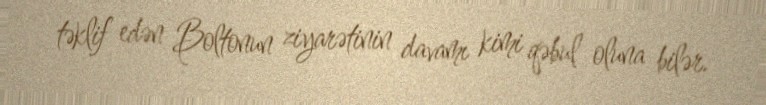
təklif edən Boltonun ziyarətinin davamı kimi qəbul oluna bilər.